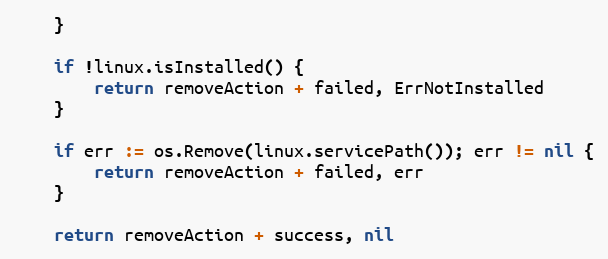
Language: Go
	}

	if !linux.isInstalled() {
		return removeAction + failed, ErrNotInstalled
	}

	if err := os.Remove(linux.servicePath()); err != nil {
		return removeAction + failed, err
	}

	return removeAction + success, nil